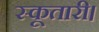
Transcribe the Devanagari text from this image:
स्कूतारी।